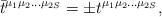
LaTeX: \begin{align*}\bar t^{\mu_1 \mu_2 \ldots \mu_{2S}}=\pm t^{\mu_1 \mu_2 \ldots \mu_{2S}},\end{align*}